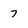
Character: 7